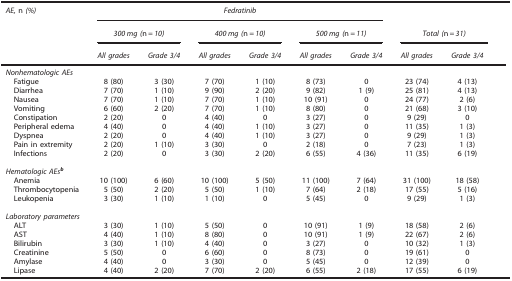
<table><thead><tr><td><b><i>AE,</i> n <i>(%)</i></b></td><td colspan="6"><b><i>Fedratinib</i></b></td><td><b> </b></td><td><b> </b></td></tr><tr><td><b> </b></td><td colspan="2"><b><i>300 mg (</i>n=<i>10)</i></b></td><td colspan="2"><b><i>400 mg (</i>n=<i>10)</i></b></td><td colspan="2"><b><i>500 mg (</i>n=<i>11)</i></b></td><td colspan="2"><b><i>Total (</i>n=<i>31)</i></b></td></tr><tr><td><b> </b></td><td><b><i>All grades</i></b></td><td><b><i>Grade 3/4</i></b></td><td><b><i>All grades</i></b></td><td><b><i>Grade 3/4</i></b></td><td><b><i>All grades</i></b></td><td><b><i>Grade 3/4</i></b></td><td><b><i>All grades</i></b></td><td><b><i>Grade 3/4</i></b></td></tr></thead><tbody><tr><td colspan="9"><i>Nonhematologic AEs</i></td></tr><tr><td> Fatigue</td><td>8 (80)</td><td>3 (30)</td><td>7 (70)</td><td>1 (10)</td><td>8 (73)</td><td>0</td><td>23 (74)</td><td>4 (13)</td></tr><tr><td> Diarrhea</td><td>7 (70)</td><td>1 (10)</td><td>9 (90)</td><td>2 (20)</td><td>9 (82)</td><td>1 (9)</td><td>25 (81)</td><td>4 (13)</td></tr><tr><td> Nausea</td><td>7 (70)</td><td>1 (10)</td><td>7 (70)</td><td>1 (10)</td><td>10 (91)</td><td>0</td><td>24 (77)</td><td>2 (6)</td></tr><tr><td> Vomiting</td><td>6 (60)</td><td>2 (20)</td><td>7 (70)</td><td>1 (10)</td><td>8 (80)</td><td>0</td><td>21 (68)</td><td>3 (10)</td></tr><tr><td> Constipation</td><td>2 (20)</td><td>0</td><td>4 (40)</td><td>0</td><td>3 (27)</td><td>0</td><td>9 (29)</td><td>0</td></tr><tr><td> Peripheral edema</td><td>4 (40)</td><td>0</td><td>4 (40)</td><td>1 (10)</td><td>3 (27)</td><td>0</td><td>11 (35)</td><td>1 (3)</td></tr><tr><td> Dyspnea</td><td>2 (20)</td><td>0</td><td>4 (40)</td><td>1 (10)</td><td>3 (27)</td><td>0</td><td>9 (29)</td><td>1 (3)</td></tr><tr><td> Pain in extremity</td><td>2 (20)</td><td>1 (10)</td><td>3 (30)</td><td>0</td><td>2 (18)</td><td>0</td><td>7 (23)</td><td>1 (3)</td></tr><tr><td> Infections</td><td>2 (20)</td><td>0</td><td>3 (30)</td><td>2 (20)</td><td>6 (55)</td><td>4 (36)</td><td>11 (35)</td><td>6 (19)</td></tr><tr><td> </td><td> </td><td> </td><td> </td><td> </td><td> </td><td> </td><td> </td><td> </td></tr><tr><td colspan="9"><i>Hematologic AEs</i>b</td></tr><tr><td> Anemia</td><td>10 (100)</td><td>6 (60)</td><td>10 (100)</td><td>5 (50)</td><td>11 (100)</td><td>7 (64)</td><td>31 (100)</td><td>18 (58)</td></tr><tr><td> Thrombocytopenia</td><td>5 (50)</td><td>2 (20)</td><td>5 (50)</td><td>1 (10)</td><td>7 (64)</td><td>2 (18)</td><td>17 (55)</td><td>5 (16)</td></tr><tr><td> Leukopenia</td><td>3 (30)</td><td>1 (10)</td><td>1 (10)</td><td>0</td><td>5 (45)</td><td>0</td><td>9 (29)</td><td>1 (3)</td></tr><tr><td> </td><td> </td><td> </td><td> </td><td> </td><td> </td><td> </td><td> </td><td> </td></tr><tr><td colspan="9"><i>Laboratory parameters</i></td></tr><tr><td> ALT</td><td>3 (30)</td><td>1 (10)</td><td>5 (50)</td><td>0</td><td>10 (91)</td><td>1 (9)</td><td>18 (58)</td><td>2 (6)</td></tr><tr><td> AST</td><td>4 (40)</td><td>1 (10)</td><td>8 (80)</td><td>0</td><td>10 (91)</td><td>1 (9)</td><td>22 (67)</td><td>2 (6)</td></tr><tr><td> Bilirubin</td><td>3 (30)</td><td>1 (10)</td><td>4 (40)</td><td>0</td><td>3 (27)</td><td>0</td><td>10 (32)</td><td>1 (3)</td></tr><tr><td> Creatinine</td><td>5 (50)</td><td>0</td><td>6 (60)</td><td>0</td><td>8 (73)</td><td>0</td><td>19 (61)</td><td>0</td></tr><tr><td> Amylase</td><td>4 (40)</td><td>0</td><td>3 (30)</td><td>0</td><td>5 (45)</td><td>0</td><td>12 (39)</td><td>0</td></tr><tr><td> Lipase</td><td>4 (40)</td><td>2 (20)</td><td>7 (70)</td><td>2 (20)</td><td>6 (55)</td><td>2 (18)</td><td>17 (55)</td><td>6 (19)</td></tr></tbody></table>